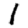
Digit: 1